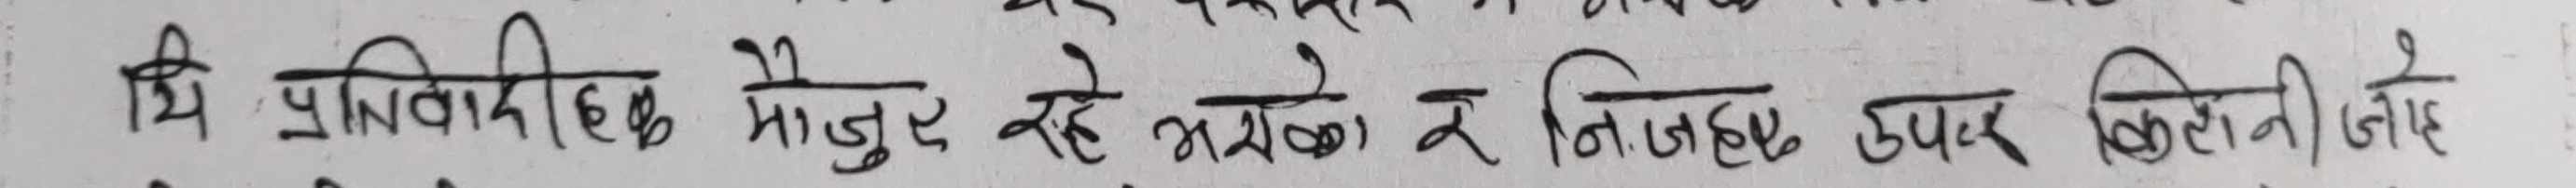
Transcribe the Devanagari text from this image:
यी प्रतिनिधिहरू मौजुद रहे भएको र नि.जहरू उपर कितानी जोडे